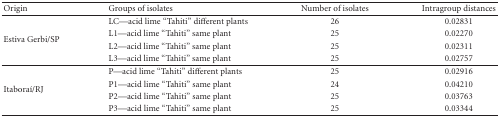
<table><thead><tr><td><b>Origin</b></td><td><b>Groups of isolates</b></td><td><b>Number of isolates</b></td><td><b>Intragroup distances</b></td></tr></thead><tbody><tr><td rowspan="4"> Estiva Gerbi/SP</td><td>LC—acid lime “Tahiti” different plants</td><td>26</td><td>0.02831</td></tr><tr><td>L1—acid lime “Tahiti” same plant</td><td>25</td><td>0.02270</td></tr><tr><td>L2—acid lime “Tahiti” same plant</td><td>25</td><td>0.02311</td></tr><tr><td>L3—acid lime “Tahiti” same plant</td><td>25</td><td>0.02757</td></tr><tr><td rowspan="4"> Itaboraí/RJ</td><td>P—acid lime “Tahiti” different plants</td><td>25</td><td>0.02916</td></tr><tr><td>P1—acid lime “Tahiti” same plant</td><td>24</td><td>0.04210</td></tr><tr><td>P2—acid lime “Tahiti” same plant</td><td>25</td><td>0.03763</td></tr><tr><td>P3—acid lime “Tahiti” same plant</td><td>25</td><td>0.03344</td></tr></tbody></table>